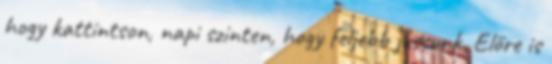
hogy kattintson, napi szinten, hogy feljebb jussunk. Előre is